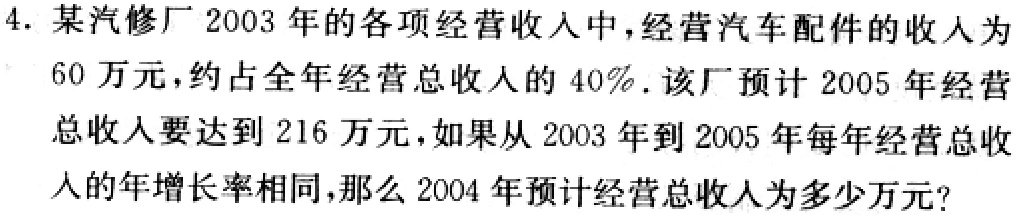
4. 某汽修厂2003年的各项经营收入中，经营汽车配件的收入为60万元，约占全年经营总收入的40%. 该厂预计2005年经营总收入要达到216万元，如果从2003年到2005年每年经营总收入的年增长率相同，那么2004年预计经营总收入为多少万元?